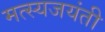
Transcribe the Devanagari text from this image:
मत्स्यजयंती